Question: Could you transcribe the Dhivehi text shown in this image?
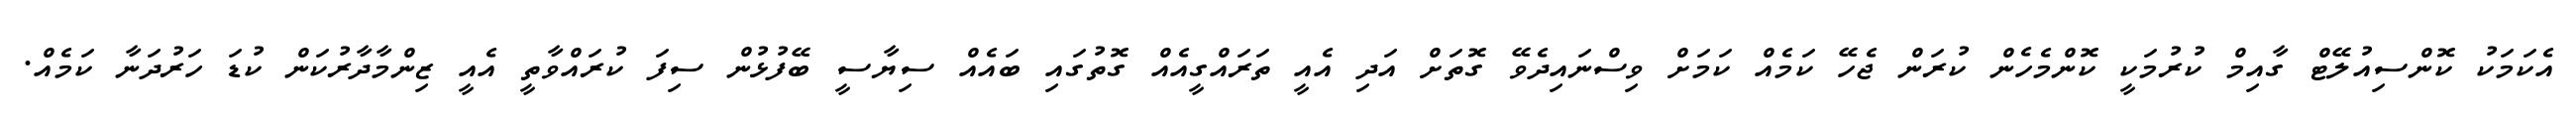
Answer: އެކަމަކު ކޮންސިއުލޭޓް ގާއިމް ކުރުމަކީ ކޮންމެހެން ކުރަން ޖެހޭ ކަމެއް ކަމަށް ވިސްނައިދެވޭ ގޮތަށް އަދި އެއީ ތަރައްގީއެއް ގޮތުގައި ބައެއް ސިޔާސީ ބޭފުޅުން ސިފަ ކުރައްވާތީ އެއީ ޒިންމާދާރުކަން ކުޑަ ހަރުދަނާ ކަމެއް.